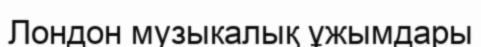
Лондон музыкалық ұжымдары